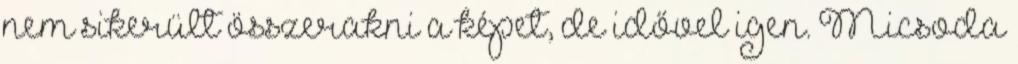
nem sikerült összerakni a képet, de idővel igen. Micsoda